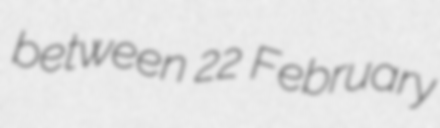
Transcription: between 22 February